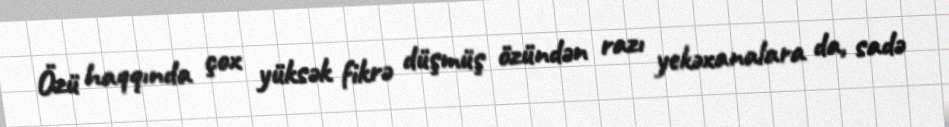
Özü haqqında çox yüksək fikrə düşmüş özündən razı yekəxanalara da, sadə